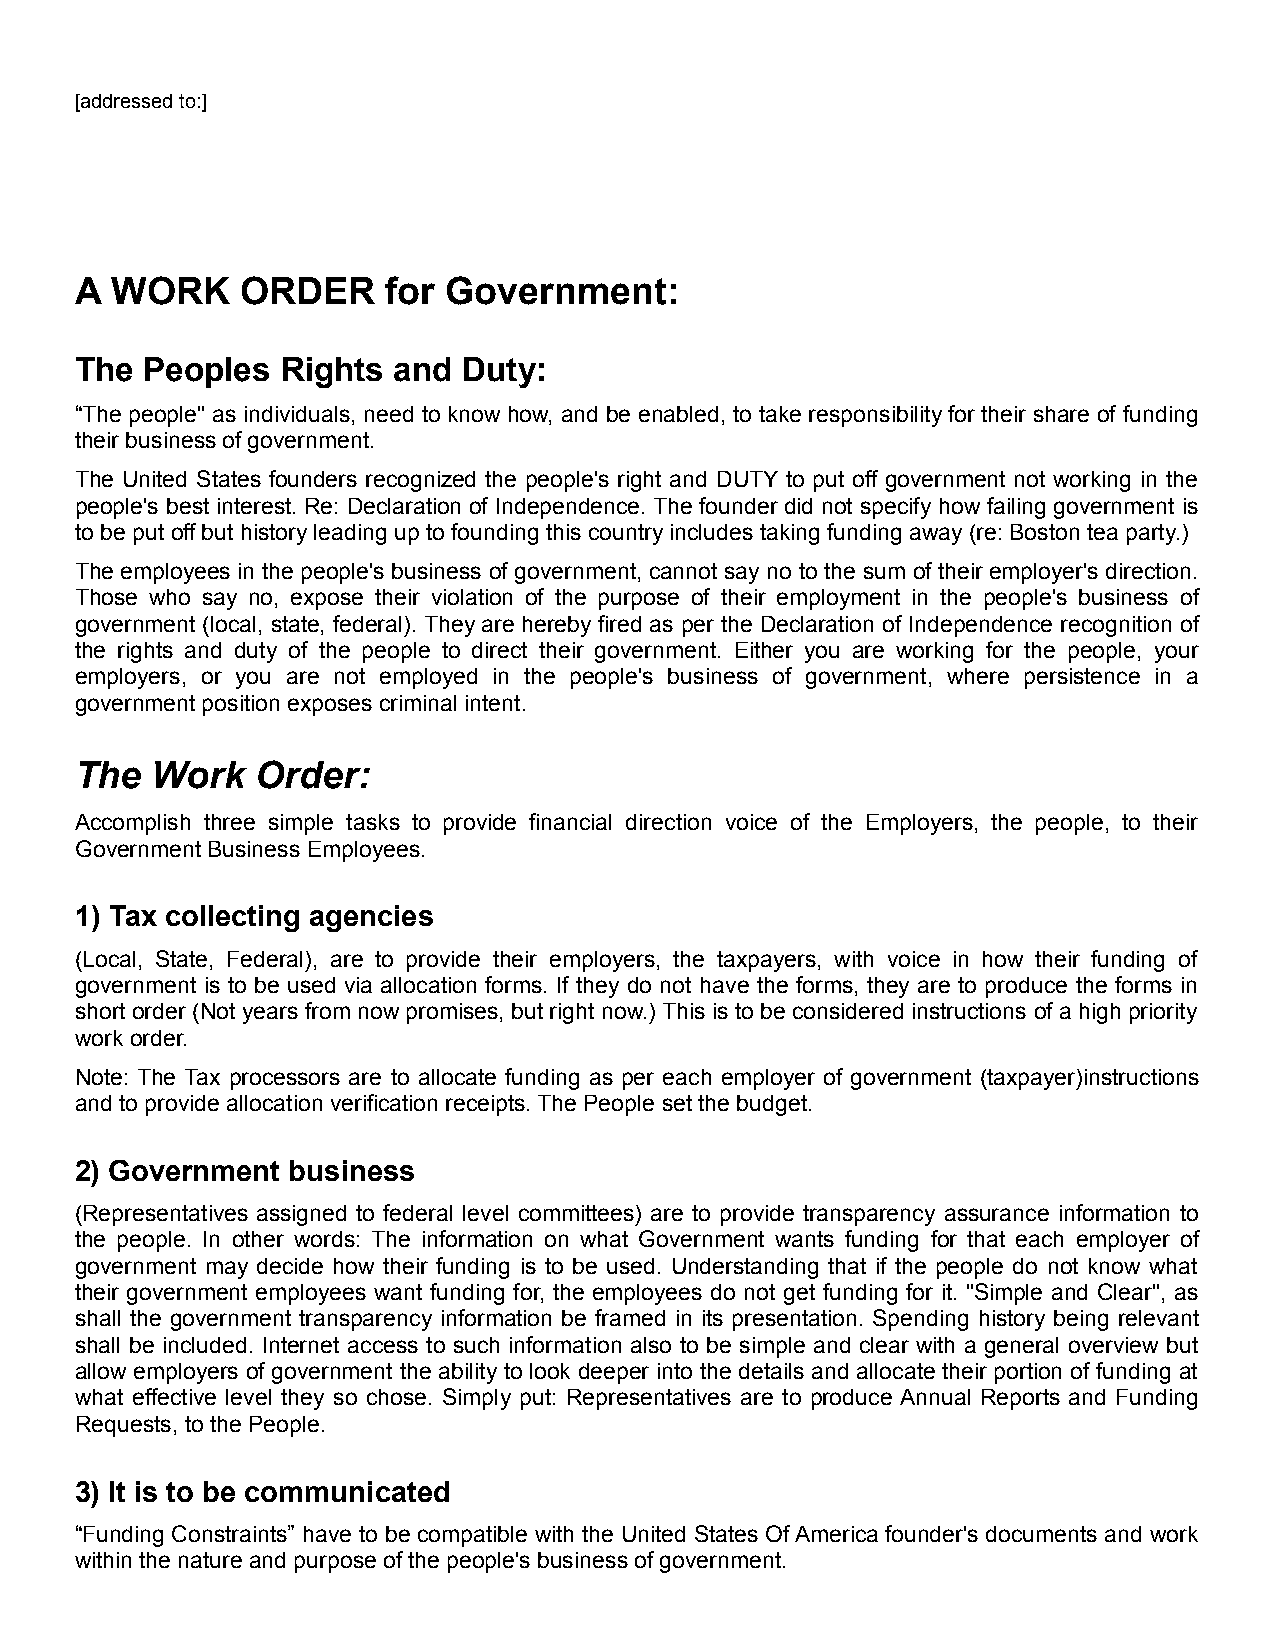
[addressed to:]
 A WORK     ORDER     for Government:
 The  Peoples  Rights and  Duty:
 “The people" as individuals, need to know how, and be enabled, to take responsibility for their share of funding
 their business of government.
 The United States founders recognized the people's right and DUTY to put off government not working in the
 people's best interest. Re: Declaration of Independence. The founder did not specify how failing government is
 to be put off but history leading up to founding this country includes taking funding away (re: Boston tea party.)
 The employees in the people's business of government, cannot say no to the sum of their employer's direction.
 Those who say no, expose their violation of the purpose of their employment in the people's business of
 government (local, state, federal). They are hereby fired as per the Declaration of Independence recognition of
 the rights and duty of the people to direct their government. Either you are working for the people, your
 employers, or you are not employed in the people's business of government, where persistence in a
 government position exposes criminal intent.
 The  Work   Order:
 Accomplish three simple tasks to provide financial direction voice of the Employers, the people, to their
 Government Business Employees.
 1) Tax collecting agencies
 (Local, State, Federal), are to provide their employers, the taxpayers, with voice in how their funding of
 government is to be used via allocation forms. If they do not have the forms, they are to produce the forms in
 short order (Not years from now promises, but right now.) This is to be considered instructions of a high priority
 work order.
 Note: The Tax processors are to allocate funding as per each employer of government (taxpayer)instructions
 and to provide allocation verification receipts. The People set the budget.
 2) Government business
 (Representatives assigned to federal level committees) are to provide transparency assurance information to
 the people. In other words: The information on what Government wants funding for that each employer of
 government may decide how their funding is to be used. Understanding that if the people do not know what
 their government employees want funding for, the employees do not get funding for it. "Simple and Clear", as
 shall the government transparency information be framed in its presentation. Spending history being relevant
 shall be included. Internet access to such information also to be simple and clear with a general overview but
 allow employers of government the ability to look deeper into the details and allocate their portion of funding at
 what effective level they so chose. Simply put: Representatives are to produce Annual Reports and Funding
 Requests, to the People.
 3) It is to be communicated
 “Funding Constraints” have to be compatible with the United States Of America founder's documents and work
 within the nature and purpose of the people's business of government.